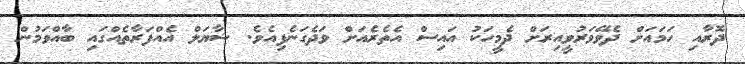
ދޮރާއި ހަމައަށް ދެވޭވަރުވީއިރަށް ދެމީހަކު އައިސް އެތެރެއަށް ވަދެގަނެފިއެވެ. ޝާޔަލް އެއްފަރާތެއްގައި ބާއްވަމުން